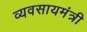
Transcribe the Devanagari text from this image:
व्यवसायमंत्री